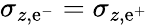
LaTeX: \sigma_{z,\mathrm{e}^{-}}=\sigma_{z,\mathrm{e}^{+}}